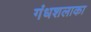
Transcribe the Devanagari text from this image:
गंधशलाका